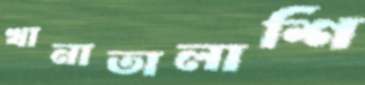
খানাতালাশি